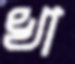
খা